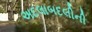
અદલાબદલીની